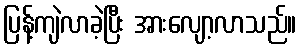
ပြန့်ကျဲလာခဲ့ပြီး အားလျော့လာသည်။